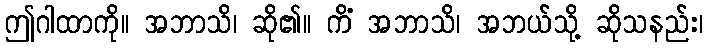
ဤဂါထာကို။ အဘာသိ၊ ဆို၏။ ကိံ အဘာသိ၊ အဘယ်သို့ ဆိုသနည်း၊